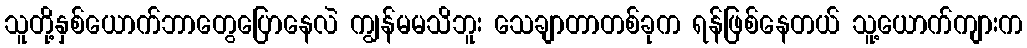
သူတို့နှစ်ယောက်ဘာတွေပြောနေလဲ ကျွန်မမသိဘူး သေချာတာတစ်ခုက ရန်ဖြစ်နေတယ် သူ့ယောက်ကျားက